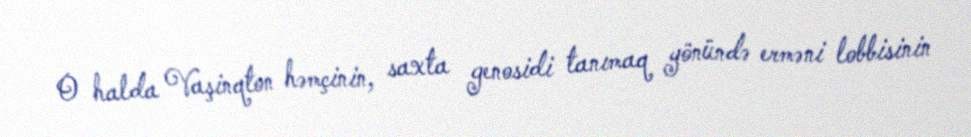
O halda Vaşinqton həmçinin, saxta genosidi tanımaq yönündə erməni lobbisinin